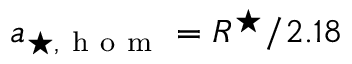
a _ { \star , \mathrm { ~ h ~ o ~ m ~ } } = R ^ { \star } / 2 . 1 8